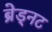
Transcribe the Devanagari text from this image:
ब्रेड्नट